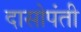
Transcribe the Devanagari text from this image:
दासोपंती